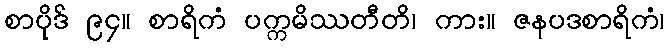
စာပိုဒ် ၉၄။ စာရိကံ ပက္ကမိဿတီတိ၊ ကား။ ဇနပဒစာရိကံ၊